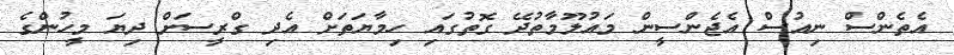
އެތެންސް ނިއުސް އެޖެންސީން މައުލޫމާތުދޭ ގޮތުގައި ހިމާޔަތަށް އެދި ގްރީސަށް ދިޔަ މީހުންގެ